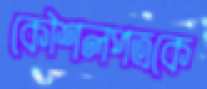
কৌশলপত্রকে